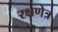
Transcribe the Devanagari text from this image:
रक्षणेत्र